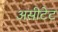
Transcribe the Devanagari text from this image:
असीटेट